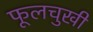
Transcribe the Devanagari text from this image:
फूलचुखी